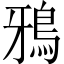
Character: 鴉